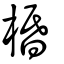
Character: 棔